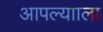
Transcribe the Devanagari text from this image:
आपल्यााला